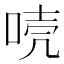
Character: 𠳗